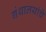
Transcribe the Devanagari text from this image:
गंथालयांचे